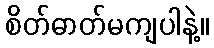
စိတ်ဓာတ်မကျပါနဲ့။